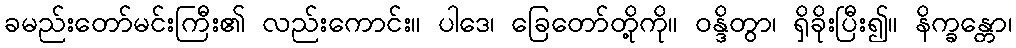
ခမည်းတော်မင်းကြီး၏ လည်းကောင်း။ ပါဒေ၊ ခြေတော်တို့ကို။ ဝန္ဒိတွာ၊ ရှိခိုးပြီး၍။ နိက္ခန္တော၊